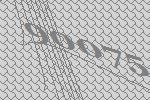
90075